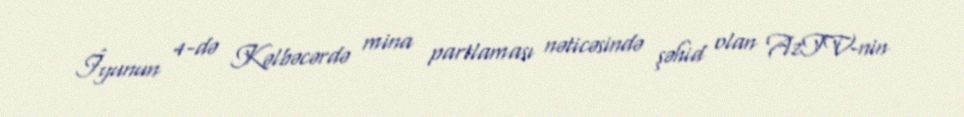
İyunun 4-də Kəlbəcərdə mina partlaması nəticəsində şəhid olan AzTV-nin